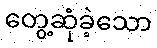
တွေ့ဆုံခဲ့သော